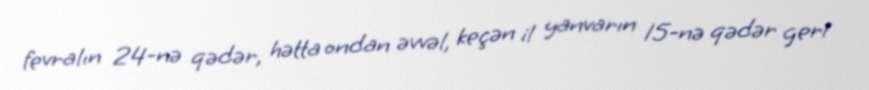
fevralın 24-nə qədər, hətta ondan əvvəl, keçən il yanvarın 15-nə qədər geri